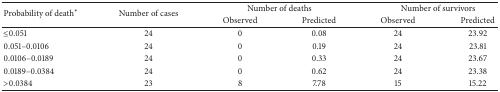
| <ROWSPAN=2> Probability of death∗ | <ROWSPAN=2> Number of cases | <COLSPAN=2> Number of deaths | <COLSPAN=2> Number of survivors |
 | Observed | Predicted | Observed | Predicted |
 | --- | --- | --- | --- | --- | --- |
 | ≤0.051 | 24 | 0 | 0.08 | 24 | 23.92 |
 | 0.051–0.0106 | 24 | 0 | 0.19 | 24 | 23.81 |
 | 0.0106–0.0189 | 24 | 0 | 0.33 | 24 | 23.67 |
 | 0.0189–0.0384 | 24 | 0 | 0.62 | 24 | 23.38 |
 | >0.0384 | 23 | 8 | 7.78 | 15 | 15.22 |